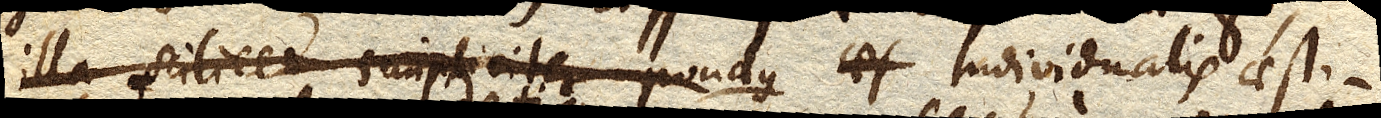
illa scilicet simpliciter pondus individualis aesti–